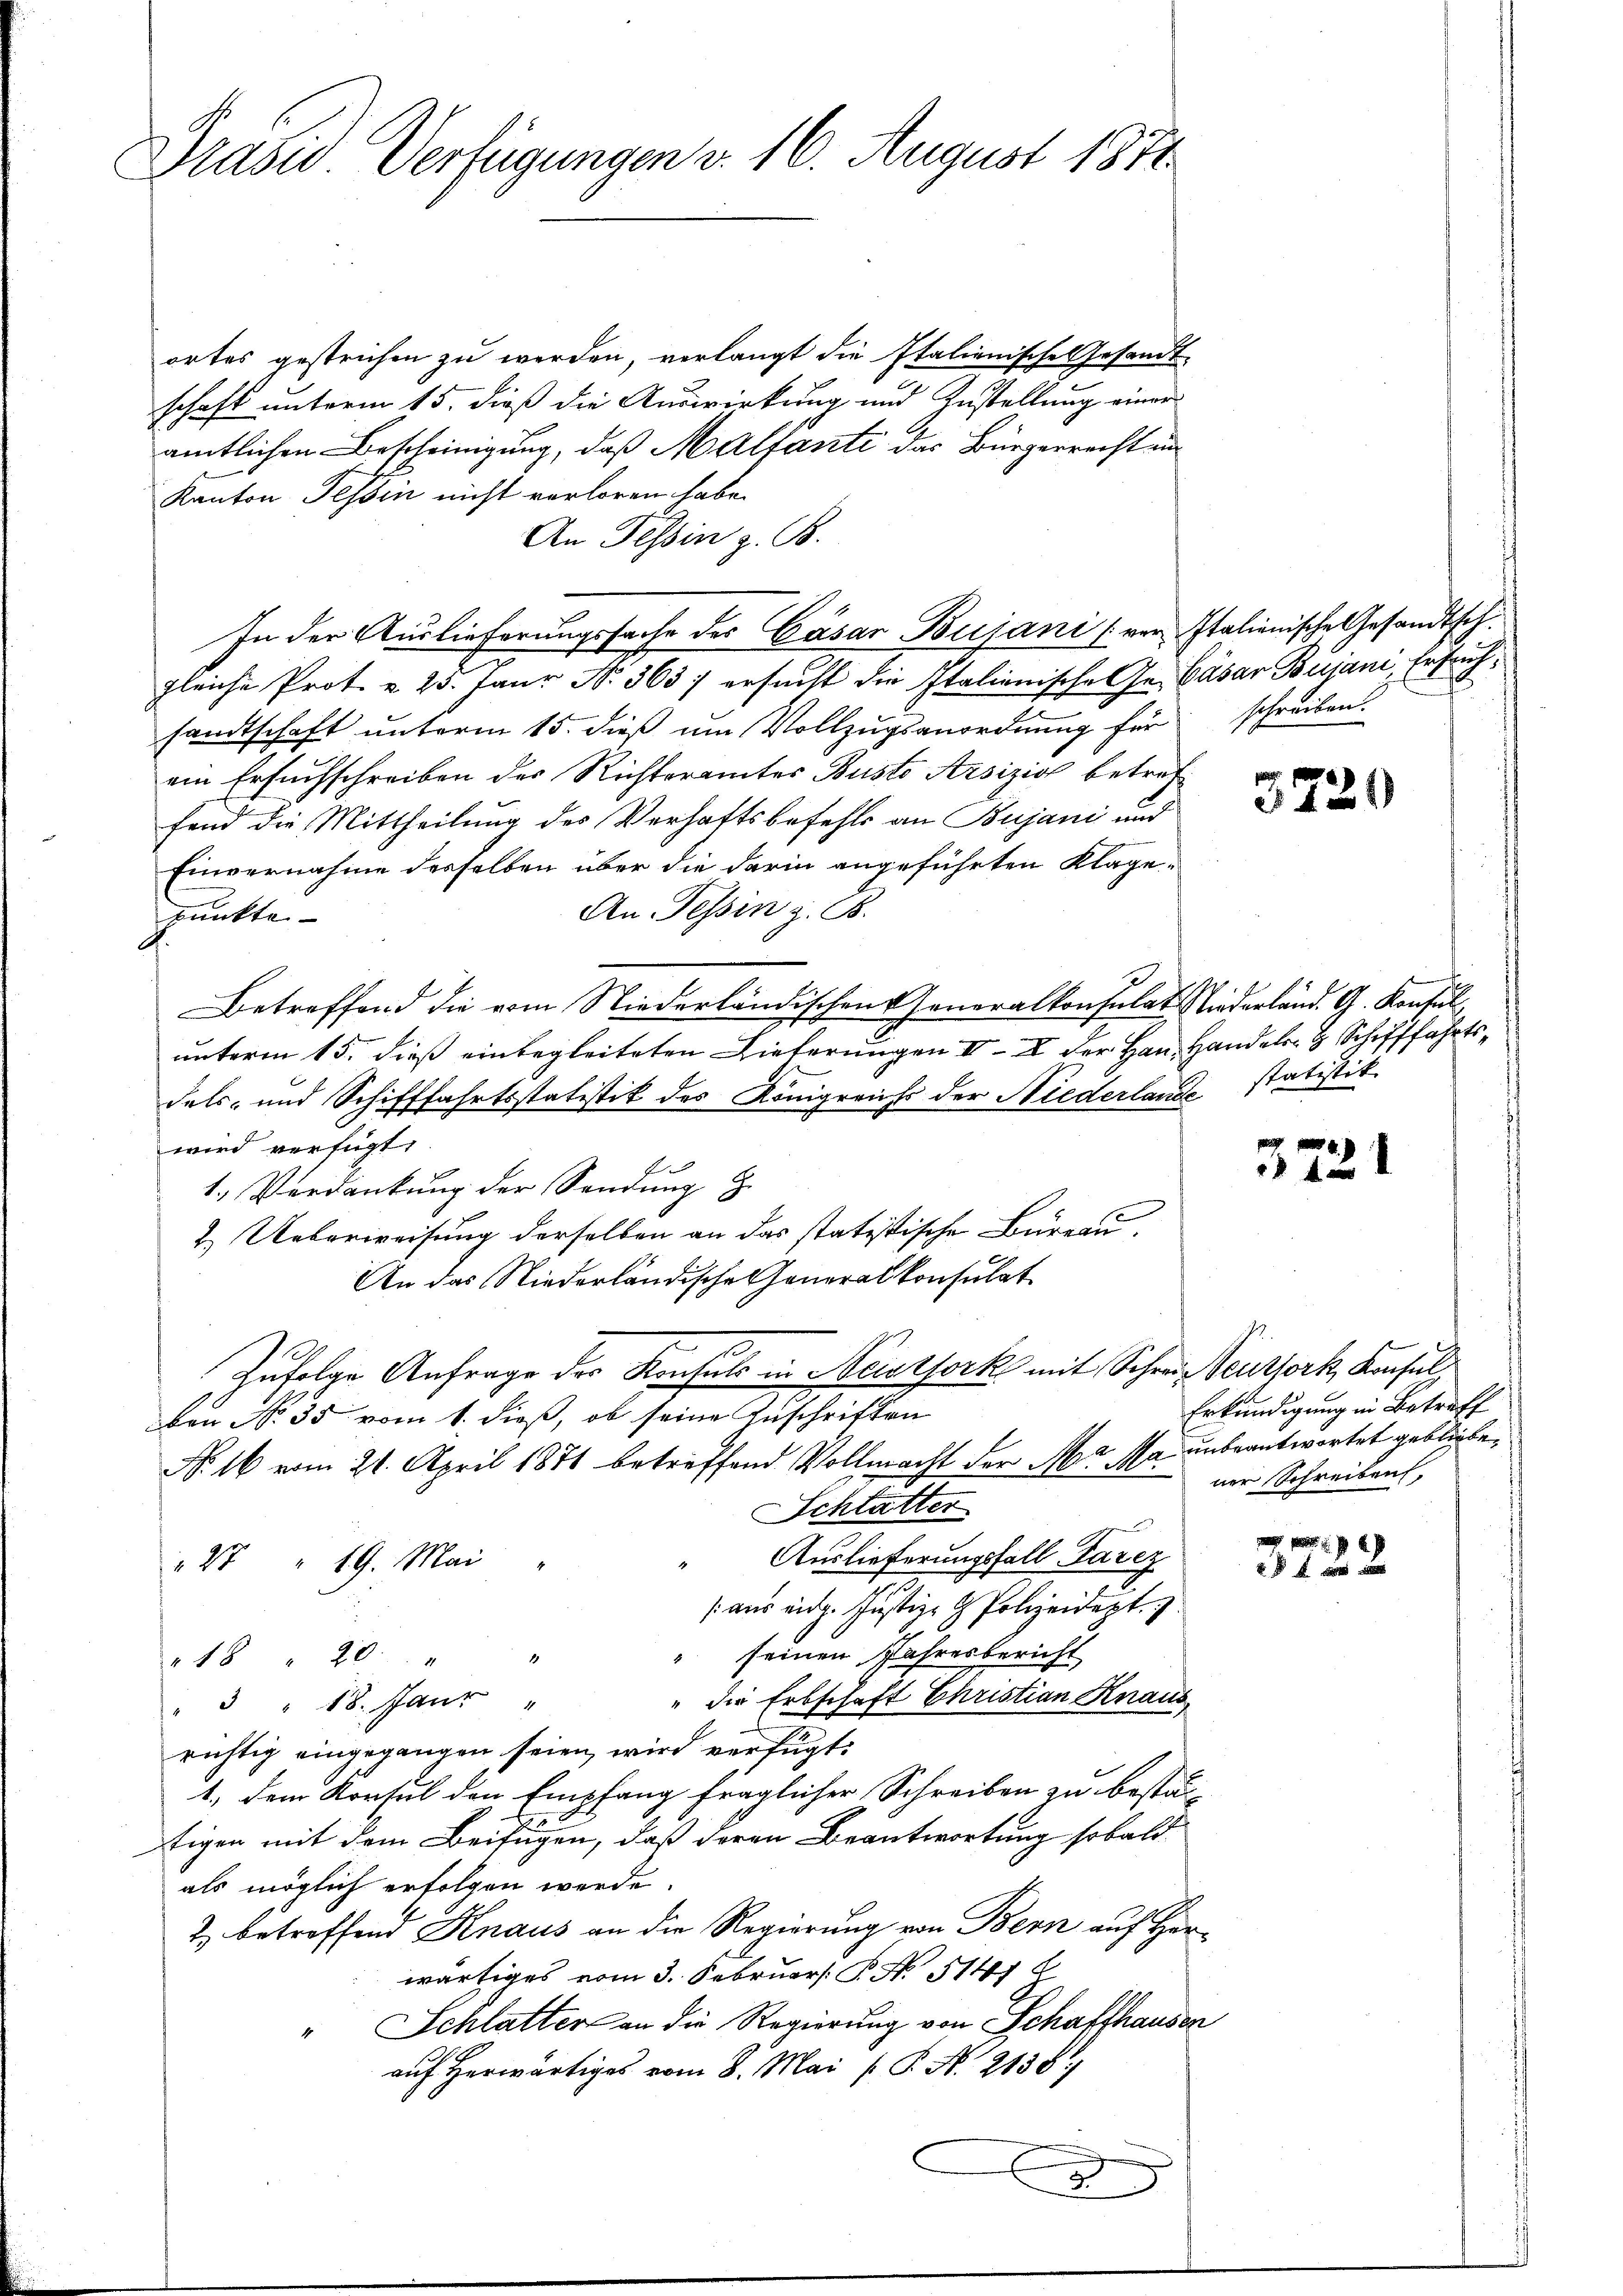
Prasid Verfügungen v. 16. August 1871

ortes gestrichen zu werden, verlangt die Italienische Gesandt
schaft unterm 15. dieß die Auswirkung und Zustellung einer
amtlichen Bescheinigung, daß Malfante das Bürgerrecht un
Kanton Tessin nicht verloren habe.
An Tessin z. B.
In der Auslieferungssache des Cäsar Bujani (von Italienische Gesandtsch.
gleiche Prot. u. 25. Janr N. 363 ersucht die Italienische Ge- Cäsar Bujani, Ersuchsandtschaft unterm 15. dieß um Vollzugsanordnung für
ein Ersuchschreiben des Richteramtes Busto Arsizio betreffend die Mittheilung des Verhaftsbefehls an Bujani und
Einvernahme desselben über die darin angeführten Klage¬
An. Tessin z. B.
punkte
Betreffend die vom Niederländischen Generalkonsulat Niederland. G. Konsulunterm 15. dieß einbegleiteten Lieferungen III der Hans Handel & Schifffahrtsdels- und Schifffahrtsstatistik des Königreichs der Niederlande statistik
wird verfügt:
f
1. Verdankŭng der Sendung
2. Ueberweisung derselben an das statitische Büreau.
An das Niederländische Generalkonsulat
Zufolge Anfrage der Konsuls in Nestfork mit Schrei Teuthork, Konsul
ben No 35 vom 1. dieß, ob seine Zuschriften
No. 16 vom 21. April 1871 betreffend Vollmacht der Mr. Mai unbeantwortet gebliebe,
SSchlatter
Auslieferungsfall Parez
28 " 19. Mai
(aus eidg. Justiz- & Polizeidert. 3.
" seinen Jahresbericht
" 18 " 20.
" die Erbschaft Christian Knaus
" 3 " 18. Janr "
richtig eingegangen seien, wird verfügt:
1. dem Konsul den Empfang fraglicher Schreiben zu bestä-
tigen mit dem Beifügen, daß deren Beantwortung sobald
als möglich erfolgen werde.
2) betreffend Knaus an die Regierung von Bern auf Herwärtiges vom 3. Februar: P. Nr. 5141
" Schlatter an die Regierung von Schaffhausen
auf herwärtiges vom 8. Mai [ P. N. 2138
x

schreiben.

3720

pun
221

Erkundigung in Betreff
ner Schreiben.

3722